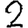
Digit: 2